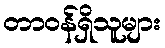
တာဝန်ရှိသူများ